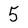
Character: 5